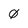
Character: 0